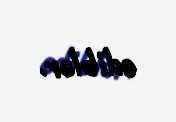
ediblər.